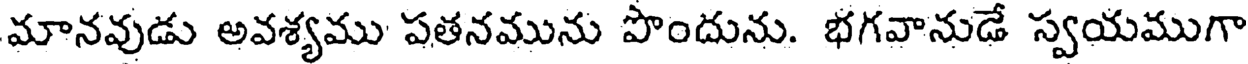
మానవుడు అవశ్యము పతనమును పొందును. భగవానుడే స్వయముగా